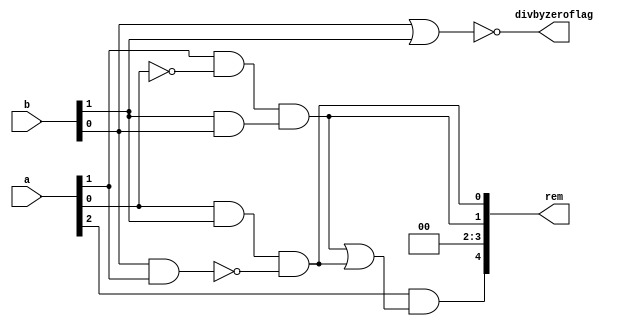
module rem(
    input [2:0] a,
    input [2:0] b,
    output [4:0] rem,
    output divbyzeroflag
);

wire x2,y2,x1,y1;

assign x2=a[1] & ~a[0];
assign y2=b[1] & b[0];
assign x1=a[0] & b[1];
assign y1=~(b[0] & a[1]);
assign rem[0]=x1 & y1;
assign rem[1]=x2 & y2;
assign rem[2]=0;
assign rem[3]=0;
assign rem[4] = a[2] & (rem[1] | rem[0]);
assign divbyzeroflag= ~(b[0] | b[1]);


endmodule